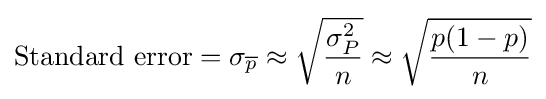
{\text{Standard error}}=\sigma _{\overline {p}}\approx {\sqrt {\frac {\sigma _{P}^{2}}{n}}}\approx {\sqrt {\frac {p(1-p)}{n}}}